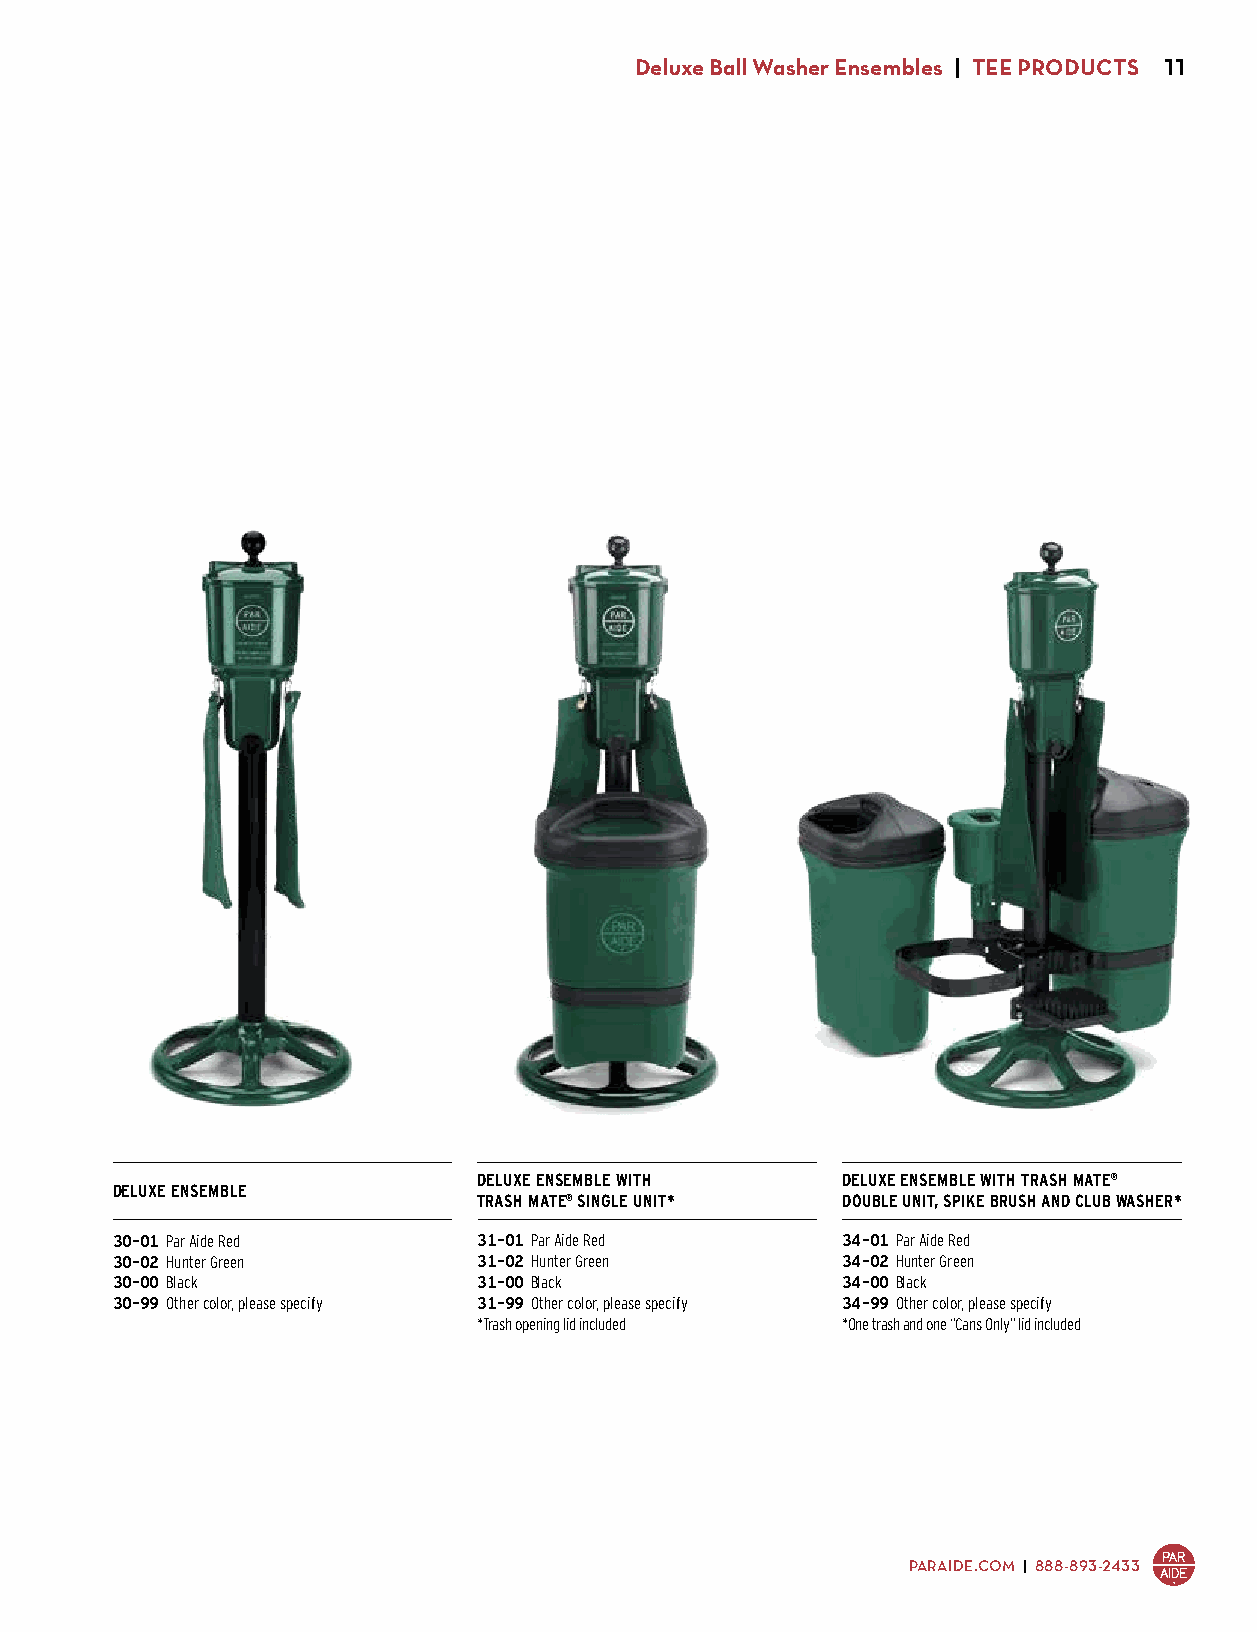
Deluxe Ball Washer Ensembles | TEE PRODUCTS 11
 DELUXE ENSEMBLE WITH    DELUXE ENSEMBLE WITH TRASH MATE®
 DELUXE ENSEMBLE
 TRASH MATE® SINGLE UNIT* DOUBLE UNIT, SPIKE BRUSH AND CLUB WASHER*
 30-01 Par Aide Red       31-01 Par Aide Red      34-01 Par Aide Red
 30-02 Hunter Green       31-02 Hunter Green      34-02 Hunter Green
 30-00 Black              31-00 Black             34-00 Black
 30-99 Other color, please specify 31-99 Other color, please specify 34-99 Other color, please specify
 $397.00                  *T rash opening lid included *O ne trash and one “Cans Only” lid included
 $473.00                 $730.00
 PARAIDE.COM | 888-893-2433